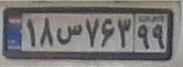
۱۸س۷۶۳۹۹